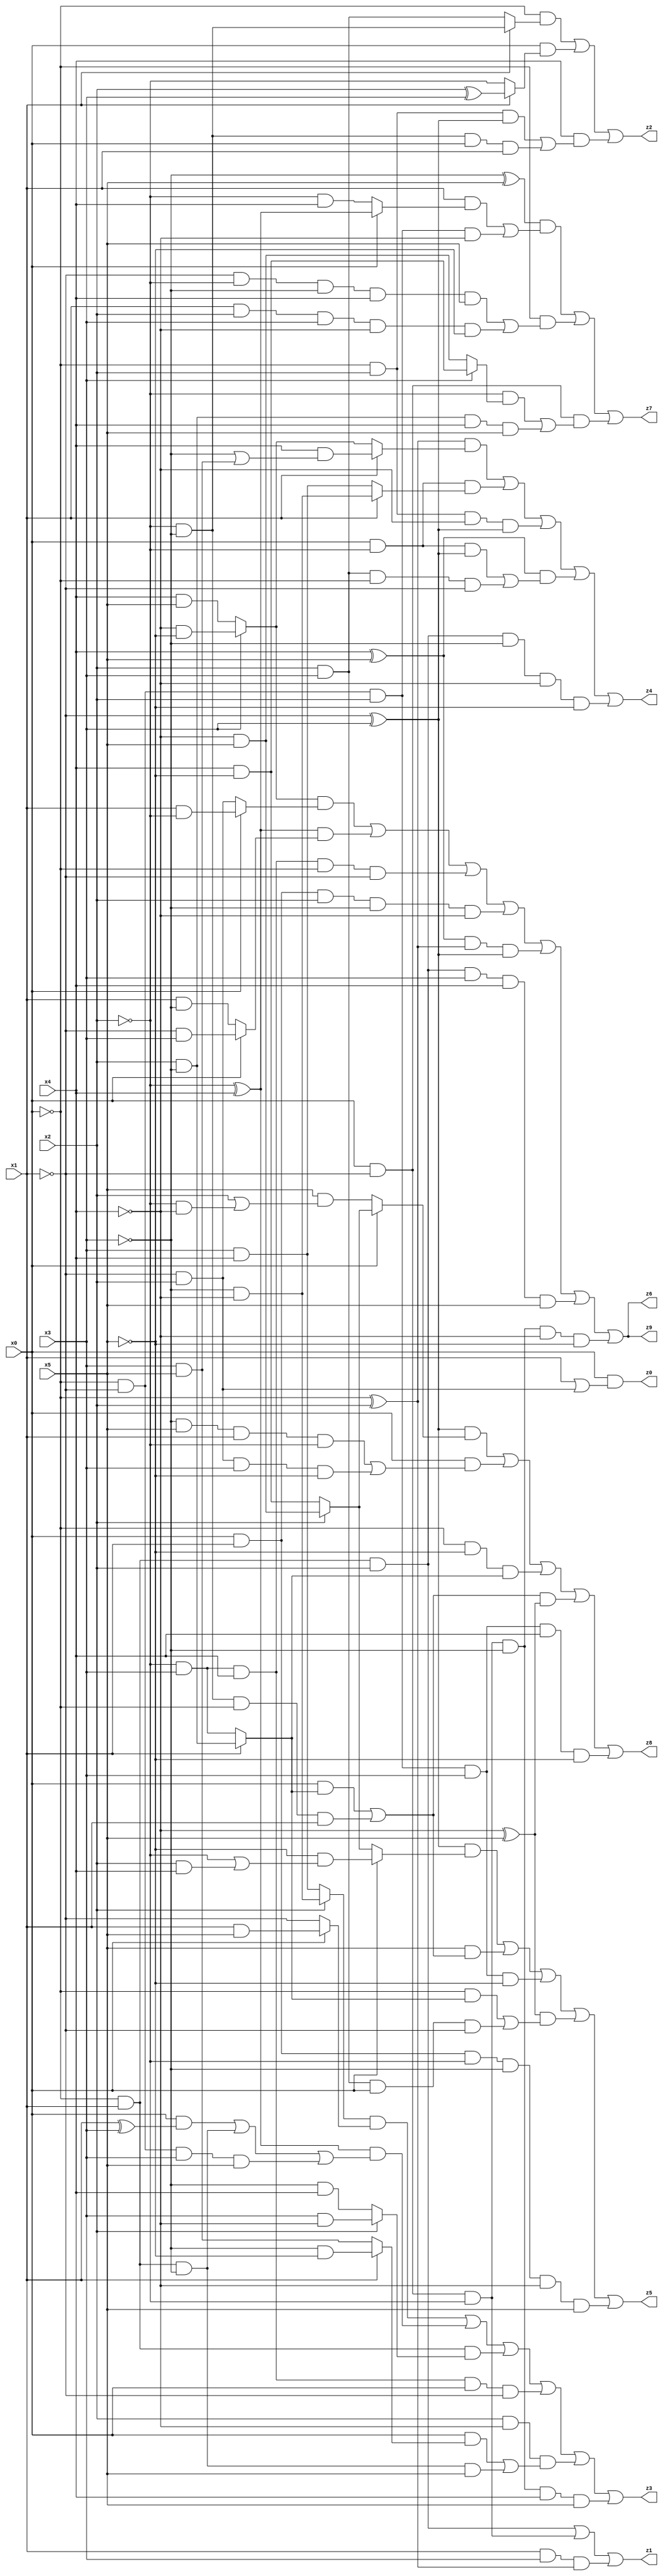
// Benchmark "q_1" written by ABC on Mon Jul 10 22:59:17 2023

module q_1 ( 
    x0, x1, x2, x3, x4, x5,
    z0, z1, z2, z3, z4, z5, z6, z7, z8, z9  );
  input  x0, x1, x2, x3, x4, x5;
  output z0, z1, z2, z3, z4, z5, z6, z7, z8, z9;
  assign z0 = x0 & (x1 | (~x1 & x2));
  assign z1 = (~x0 & x1 & x2) | (x0 & ~x1 & ~x2) | (x1 & x3 & (~x0 ^ x2));
  assign z2 = (~x0 & (x1 ? (~x2 & ~x3) : (x2 & x3))) | (x0 & (x1 ? (x2 ^ x3) : ~x2)) | (x4 & ((~x0 & x2 & (~x1 ^ x3)) | (~x2 & ~x3 & x0 & x1)));
  assign z3 = ((x2 ? (~x3 & ~x4) : (x3 & x4)) & (x0 ? (x1 & x5) : ~x1)) | ((~x2 ^ x4) & ((x0 & (x1 ^ x3)) | (~x0 & x1 & ~x3) | (~x0 & ~x1 & x3 & x5))) | (~x0 & x1 & (x2 ? (x3 & ~x4) : (~x3 & x4))) | (~x2 & x3 & x4 & x0 & ~x1) | (x2 & ~x4 & ((x0 & (x1 ? (~x3 & ~x5) : (x3 & x5))) | (~x0 & x1 & ~x3 & x5))) | (x0 & ~x1 & ~x2 & ~x3 & x4 & x5);
  assign z4 = ((~x0 ^ x2) & (x1 ? (x4 & (~x3 | (x3 & x5))) : (x3 ? (~x4 & ~x5) : (x4 & x5)))) | (x0 & ~x2 & (x1 ? (~x3 & ~x4) : (x3 & x4))) | (~x0 & x2 & ~x4 & (~x1 ^ x3)) | ((x4 ^ x5) & ((x0 & ~x2 & (~x1 ^ x3)) | (x2 & x3 & ~x0 & ~x1))) | (~x0 & x1 & x2 & ~x3 & ~x4 & ~x5);
  assign z5 = ((~x1 ^ x3) & (x0 ? (~x5 & (~x2 | (x2 & x4))) : (x2 ? (~x4 & x5) : (x4 & ~x5)))) | (x5 & ((x0 & (x1 ? (x2 & ~x3) : (~x2 & x3))) | (~x2 & ~x3 & ~x0 & x1))) | (~x0 & ~x1 & x2 & x3 & ~x5) | ((~x4 ^ x5) & ((~x0 & (x1 ? (x2 & ~x3) : (~x2 & x3))) | (x2 & x3 & x0 & ~x1))) | (x0 & x1 & ~x2 & ~x3 & ~x4 & x5);
  assign z6 = ((x3 ? (~x4 & ~x5) : (x4 & x5)) & (x0 ? (x1 & ~x2) : (~x1 & x2))) | ((~x2 ^ x4) & (x0 ? (~x1 & x3) : (x1 & ~x3))) | (~x2 & x3 & x4 & ~x0 & ~x1) | (x0 & x1 & x2 & ~x3 & ~x4) | ((x4 ^ x5) & (~x0 ^ x2) & (~x1 ^ x3)) | (~x0 & x1 & x2 & x3 & x4 & x5) | (x0 & ~x1 & ~x2 & ~x3 & ~x4 & ~x5);
  assign z7 = ((~x3 ^ x5) & ((x1 & (x0 ? (~x2 ^ x4) : (~x2 & x4))) | (~x0 & ~x1 & x2 & ~x4))) | (~x0 & ((~x1 & ~x2 & ~x3 & x4 & x5) | (x1 & x2 & x3 & ~x4 & ~x5))) | (x0 & ~x1 & ((~x2 & (x3 ? (x4 & ~x5) : (~x4 & x5))) | (x2 & ~x3 & x4 & x5)));
  assign z8 = ((~x1 ^ x3) & (x0 ? (x2 ? (~x4 & x5) : (x4 & ~x5)) : (x5 & (x2 | (~x2 & ~x4))))) | (x0 & ((~x3 & x5 & x1 & ~x2) | (~x1 & x2 & x3 & ~x5))) | (~x0 & ~x5 & (x1 ? (x2 & ~x3) : (~x2 & x3))) | (((x0 & (x1 ? (x2 & ~x3) : (~x2 & x3))) | (~x2 & ~x3 & ~x0 & x1)) & (~x4 ^ x5)) | (~x0 & ~x1 & x2 & x3 & x4 & ~x5);
  assign z9 = ((x3 ? (~x4 & ~x5) : (x4 & x5)) & (x0 ? (x1 & ~x2) : (~x1 & x2))) | ((~x2 ^ x4) & (x0 ? (~x1 & x3) : (x1 & ~x3))) | (~x2 & x3 & x4 & ~x0 & ~x1) | (x0 & x1 & x2 & ~x3 & ~x4) | ((x4 ^ x5) & (~x0 ^ x2) & (~x1 ^ x3)) | (~x0 & x1 & x2 & x3 & x4 & x5) | (x0 & ~x1 & ~x2 & ~x3 & ~x4 & ~x5);
endmodule